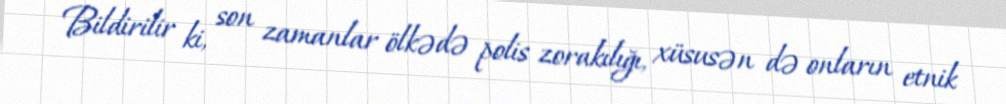
Bildirilir ki, son zamanlar ölkədə polis zorakılığı, xüsusən də onların etnik